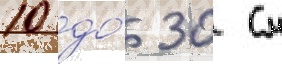
10 до́ 30 см